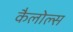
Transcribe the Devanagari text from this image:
कैलोल्स